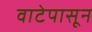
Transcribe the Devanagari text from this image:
वाटेपासून